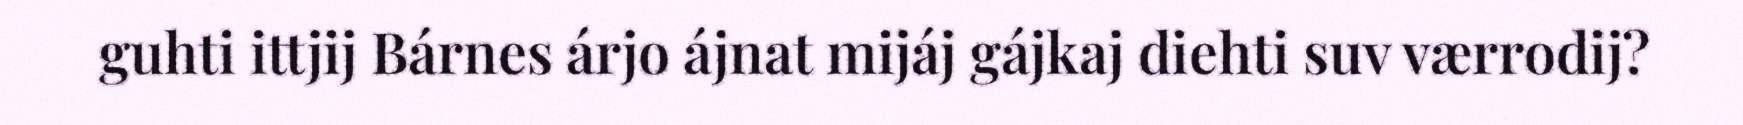
guhti ittjij Bárnes árjo ájnat mijáj gájkaj diehti suv værrodij?